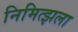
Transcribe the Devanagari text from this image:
निमित्झला